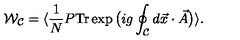
{ \cal W } _ { { \cal C } } = \langle \frac { 1 } { N } P \mathrm { T r } \exp \big ( i g \oint _ { { \cal C } } d \vec { x } \cdot \vec { A } \big ) \rangle .